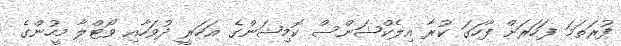
ފުރަތަމަ ފަހަރަށް ފާހަގަ ކުރާ އިލެކްޝަންސް ކޮމިޝަންގެ އަހަރީ ދުވަހާއި ވޯޓްލާ މީހުންގެ